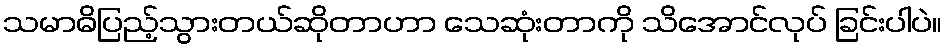
သမာဓိပြည့်သွားတယ်ဆိုတာဟာ သေဆုံးတာကို သိအောင်လုပ် ခြင်းပါပဲ။